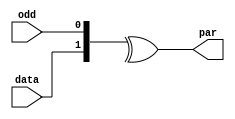

module parity #(
  parameter BITS = 1
)(
  input  [0:BITS-1] data,
  input             odd,
  output            par
);

  assign par = ^{data, odd};

endmodule